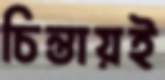
চিন্তায়ই